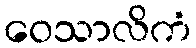
ဝေသာလိကံ